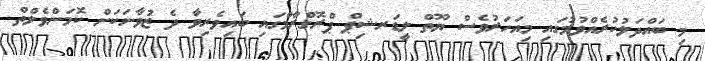
މި ބައްދަލުކުރެއްވުމުގައި މިއަހަރުވެސް ޔޫތް ލީޑަރޝިޕްް ޕްރޮގްރާމްގައި ބައިވެރިވާ ދެ ޒުވާނަކަށް ކޮމަންވެލްތް